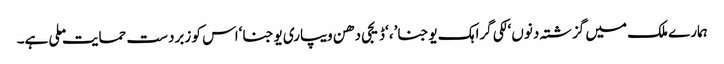
ہمارے ملک میں گزشتہ دنوں ‘لکی گراہک یوجنا’، ‘ڈیجی دھن ویپاری یوجنا ‘اس کو زبردست حمایت ملی ہے۔